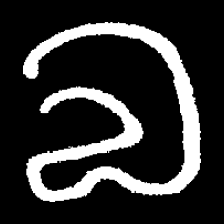
Pyu character \u2014 Myanmar letter: လ (romanized: la)